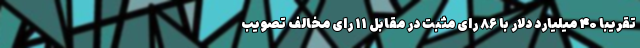
تقریبا ۴۰ میلیارد دلار با ۸۶ رای مثبت در مقابل ۱۱ رای مخالف تصویب